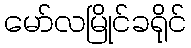
မော်လမြိုင်ခရိုင်